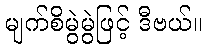
မျက်စိမွဲမွဲဖြင့် ဒီဗယ်။